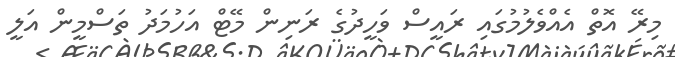
މިރޭ އޮތް އެއްވެލުމުގައި ރައީސް ވަހީދުގެ ރަނިން މޭޓް އަހުމަދު ތަސްމީން އަލީ